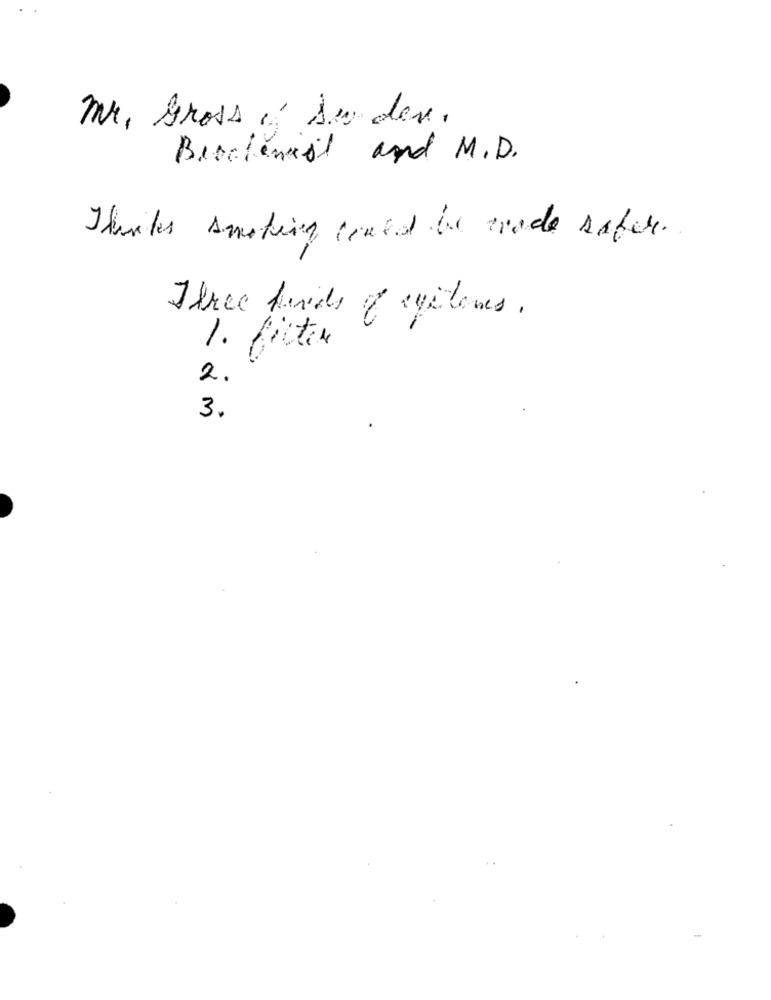
mr. Gross , An der.
Biochemist and M.D.
Thanks smoking could be made saber.
Three heids of systems .
1. filter
2.
3.